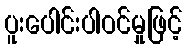
ပူးပေါင်းပါဝင်မှုဖြင့်